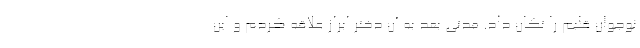
نوجوان قلبم را تکان داد. مدتی بعد به آن دختر ابراز علاقه کردم و این